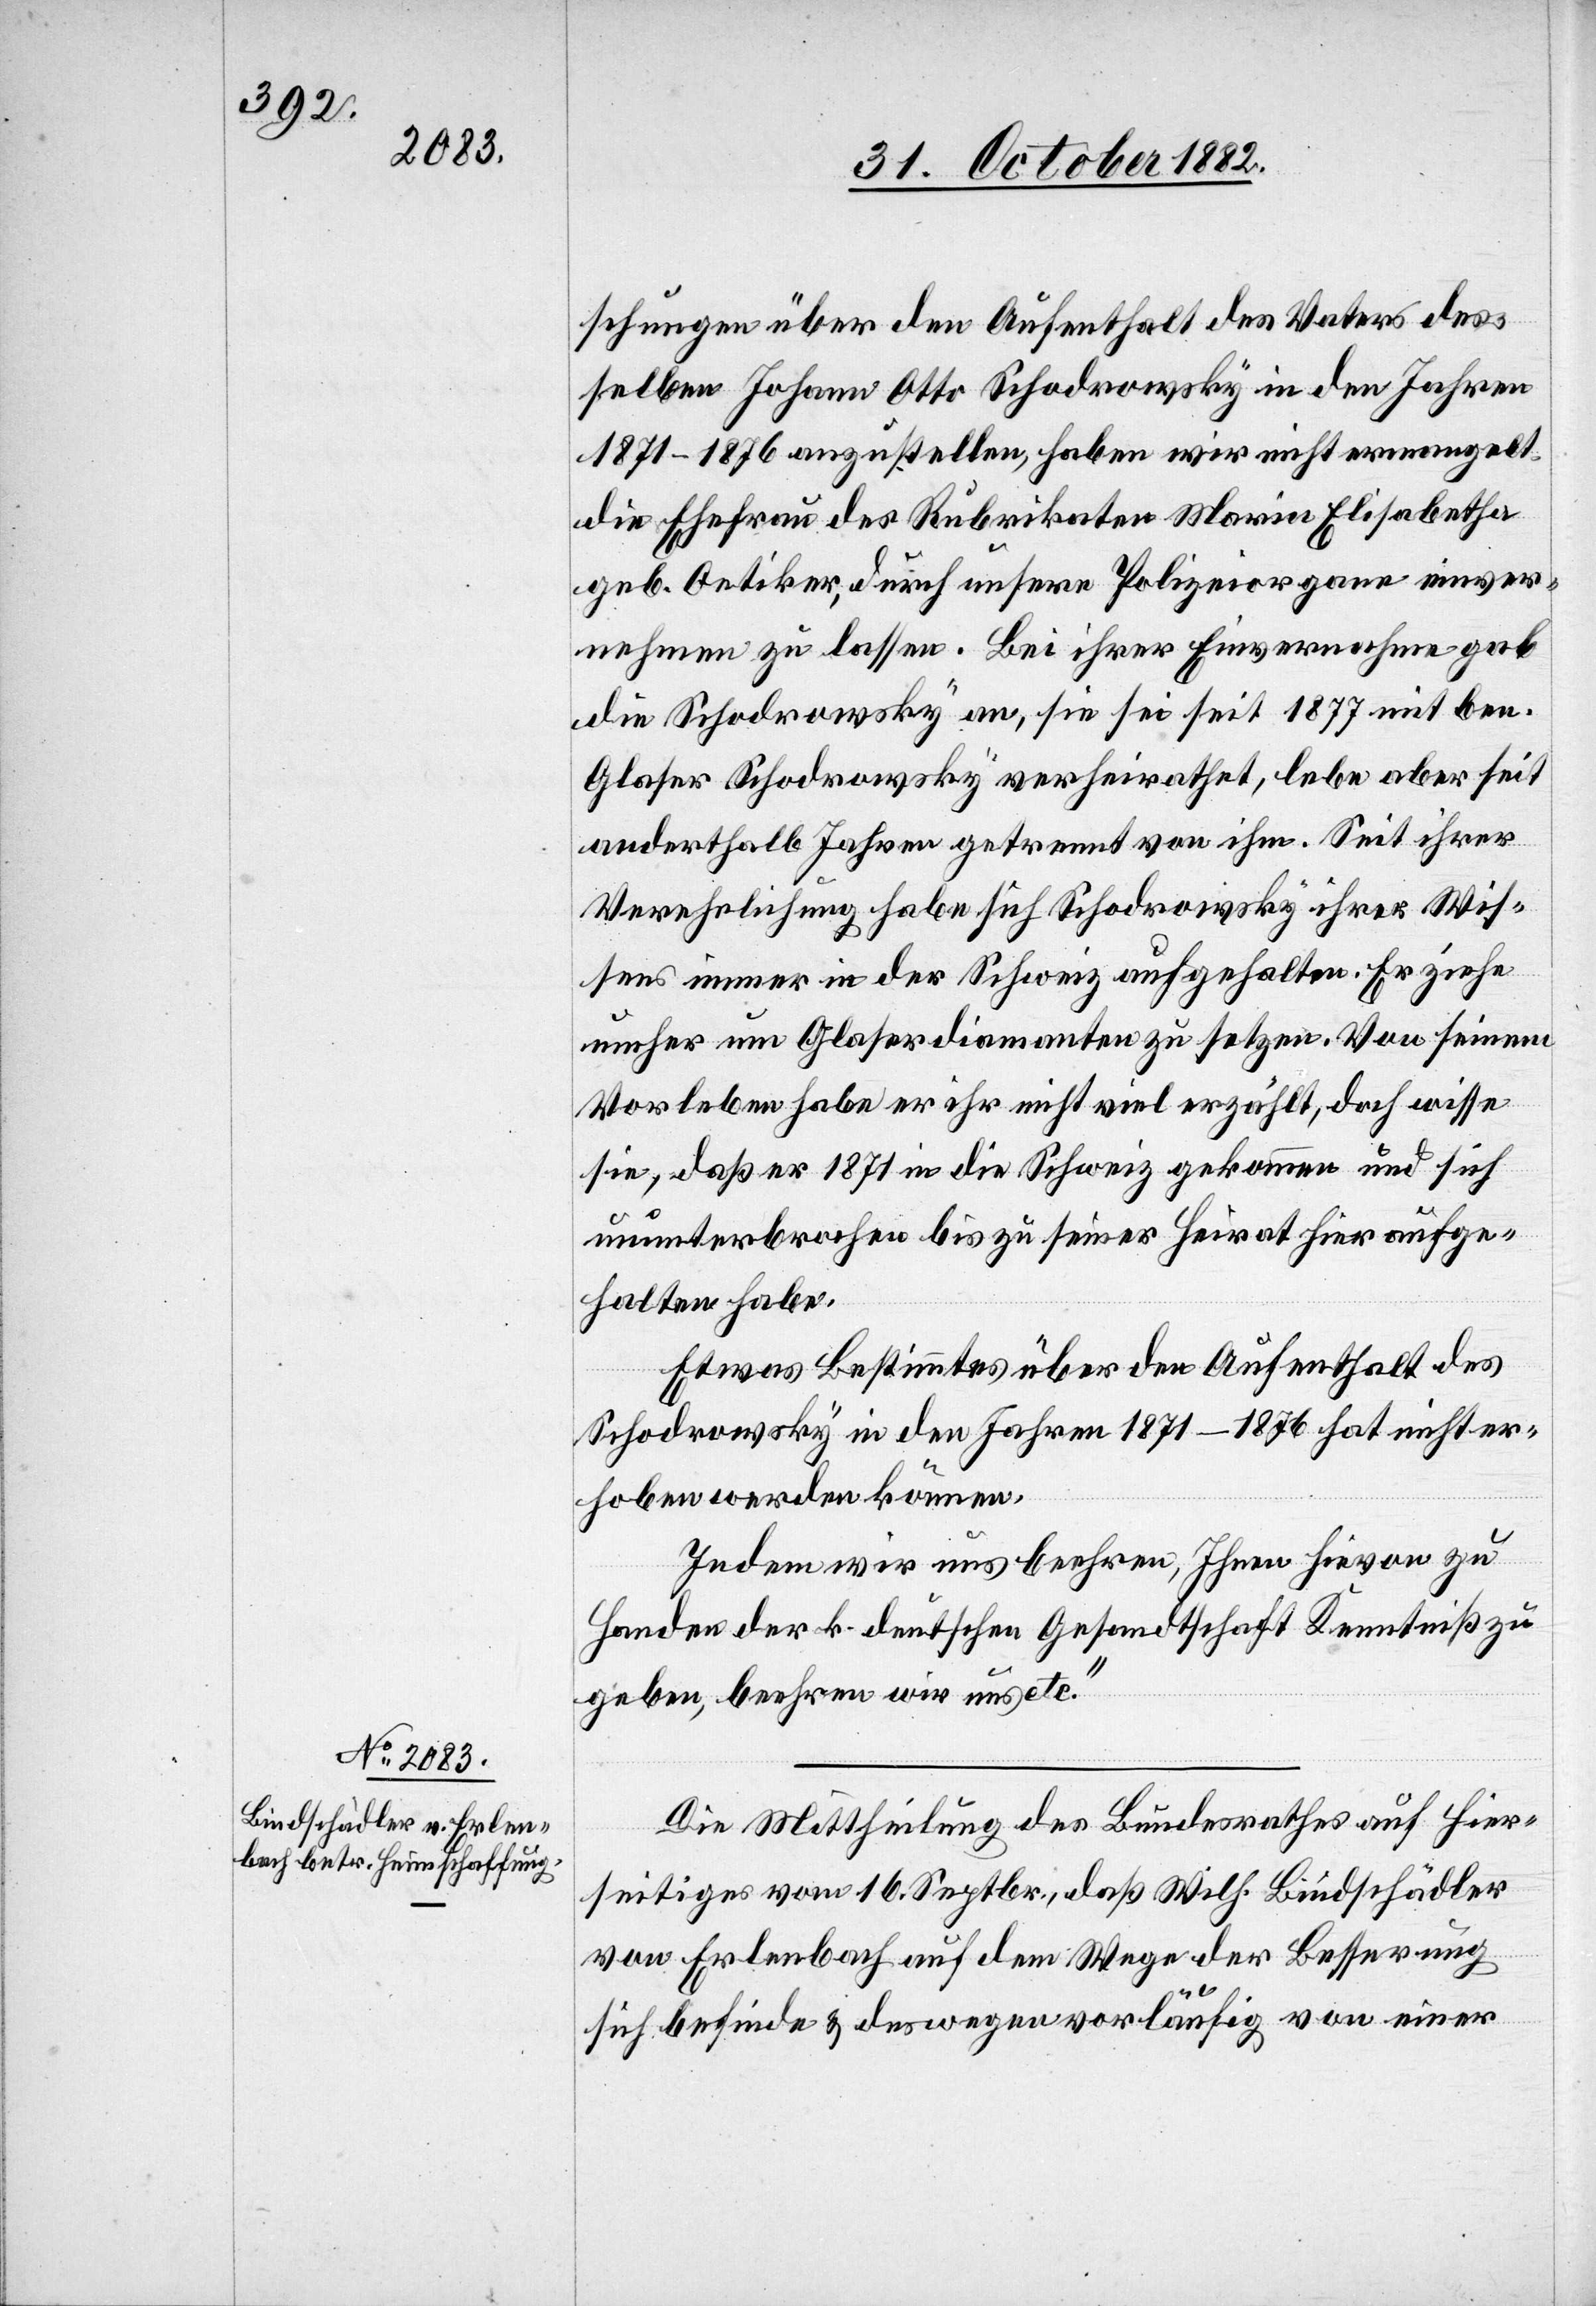
schungen über den Aufenthalt des Vaters des¬
selben Johann Otto Schodrowsky in den Jahren
1871–1876 anzustellen, haben wir nicht ermangelt
die Ehefrau des Rubrikaten Maria Elisabetha
geb. Oetiker, durch unsere Polizeiorgane einver¬
nehmen zu lassen. Bei ihrer Einvernahme gab
die Schodrowsky an, sie sei seit 1877 mit ben.
Glaser Schodrowsky verheirathet, lebe aber seit
anderthalb Jahren getrennt von ihm. Seit ihrer
Verehelichung habe sich Schodrowsky ihres Wis¬
sens immer in der Schweiz aufgehalten. Er ziehe
umher um Glaserdiamanten zu setzen. Von seinem
Vorleben habe er ihr nicht viel erzählt, doch wisse
sie, daß er 1871 in die Schweiz gekommen und sich
ununterbrochen bis zu seiner Heirat hier aufge¬
halten habe.
Etwas Bestimmtes über den Aufenthalt des
Schodrowsky in den Jahren 1871–1876 hat nicht er¬
hoben werden können.
Indem wir uns beehren, Ihnen hievon zu
Handen der k. deutschen Gesandtschaft Kenntniß zu
geben, beehren wir uns etc.“
Die Mittheilung des Bundesrathes auf Hier¬
seitiges vom 16. Septbr., daß Wilh. Bindschädler
von Erlenbach auf dem Wege der Besserung
sich befinde & deswegen vorläufig von einer